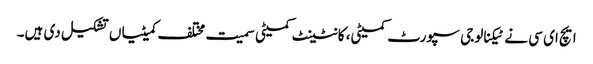
ایچ ای سی نے ٹیکنالوجی سپورٹ کمیٹی، کانٹینٹ کمیٹی سمیت مختلف کمیٹیاں تشکیل دی ہیں۔